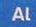
al